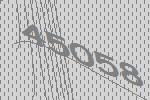
45058